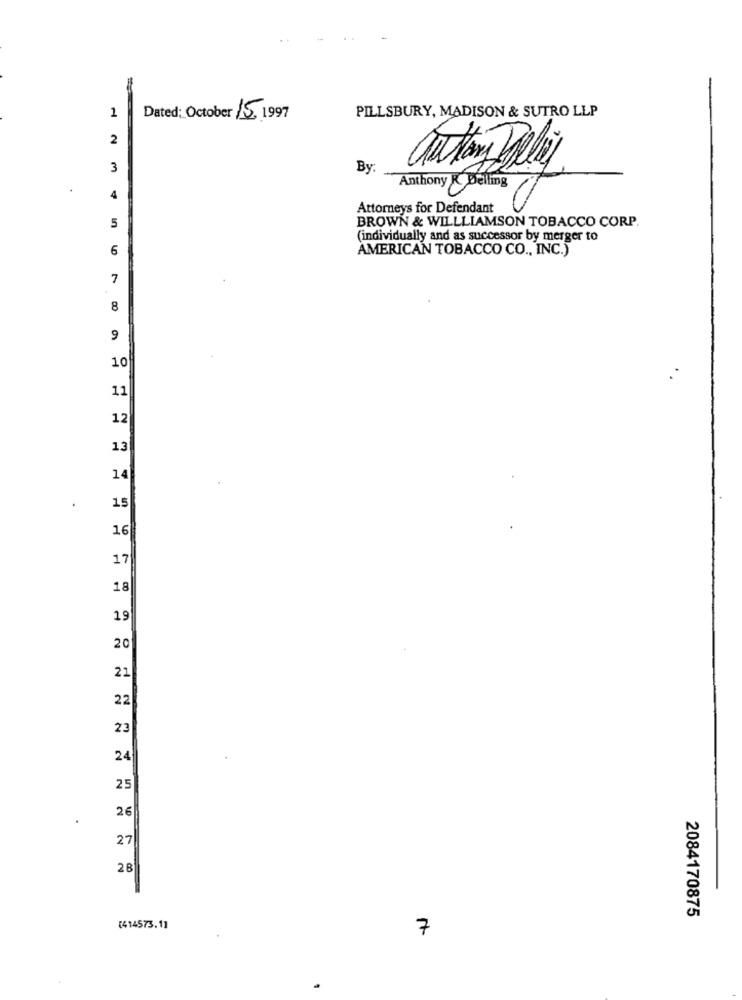
PILLSBURY, MADISON & SUTRO LLP
1
Dated: October 15, 1997
2
3
By:
ThatanyDeli
Anthony Belling
4
Attorneys for Defendant
BROWN & WILLLIAMSON TOBACCO CORP.
5
(individually and as successor by merger to
6
AMERICAN TOBACCO CO ., INC.)
7
8
9
10
.*
11
12
13
14
15
16
17
18
19
20
21
22
23
24
25
26
27
28
2084170875
(414573.1]
7